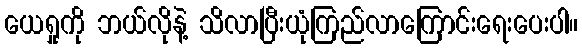
ယေရှုကို ဘယ်လိုနဲ့ သိလာပြီးယုံကြည်လာကြောင်းရေးပေးပါ။